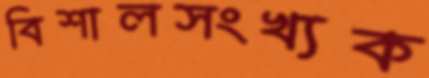
বিশালসংখ্যক